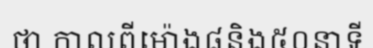
ថា កាលពីម៉ោង៨និង៥០នាទី